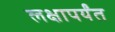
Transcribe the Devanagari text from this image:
लक्षापर्यंत